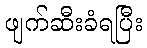
ဖျက်ဆီးခံရပြီး